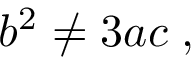
\; b ^ { 2 } \neq 3 a c \; ,